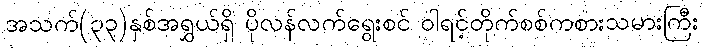
အသက်(၃၃)နှစ်အရွှယ်ရှိ ပိုလန်လက်ရွေးစင် ဝါရင့်တိုက်စစ်ကစားသမားကြီး